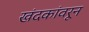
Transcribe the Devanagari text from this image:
खंदकांवरून